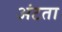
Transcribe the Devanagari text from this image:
अंटता